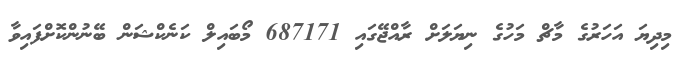
މިދިޔަ އަހަރުގެ މާޗް މަހުގެ ނިޔަލަށް ރާއްޖޭގައި 687171 މޯބައިލް ކަނެކްޝަން ބޭނުންކޮށްފައިވާ